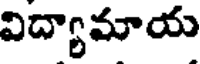
విద్యామాయ